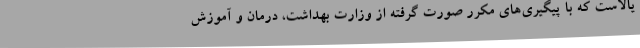
یالاست که با پیگیری‌های مکرر صورت گرفته از وزارت بهداشت، درمان و آموزش